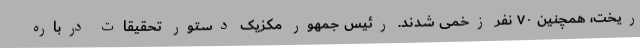
ریخت، همچنین ۷۰ نفر زخمی شدند. رئیس جمهور مکزیک دستور تحقیقات درباره